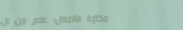
مكتبة الأطفال: عالم من ال